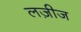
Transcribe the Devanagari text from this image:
लज़ीज